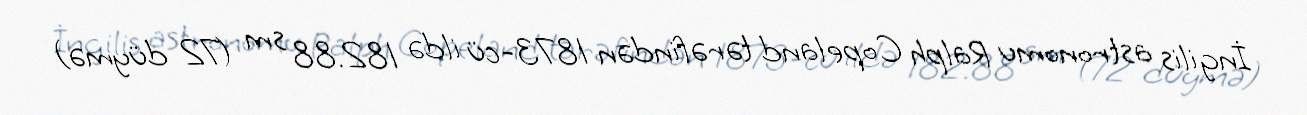
İngilis astronomu Ralph Copeland tərəfindən 1873-cü ildə 182.88 sm (72 düymə)